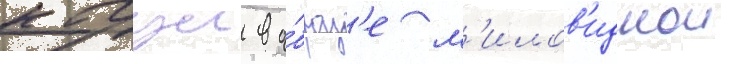
кагуи в о́браз'е м'илов'иднои